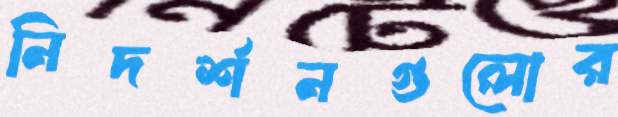
নিদর্শনগুলোর